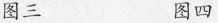
图三 图四